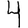
Digit: 4